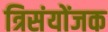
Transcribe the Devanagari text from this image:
त्रिसंयोंजक